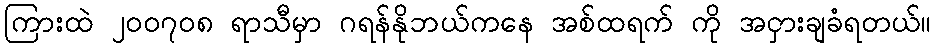
ကြားထဲ ၂၀၀၇၀၈ ရာသီမှာ ဂရန်နိုဘယ်ကနေ အစ်ထရက် ကို အငှားချခံရတယ်။